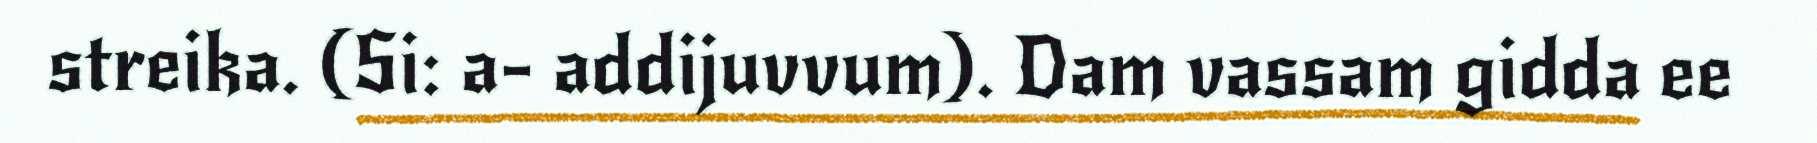
streika. (Si: a- addijuvvum). Dam vassam gidda ee